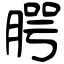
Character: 腭